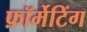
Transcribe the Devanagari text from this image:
फ़ॉर्मेटिंग